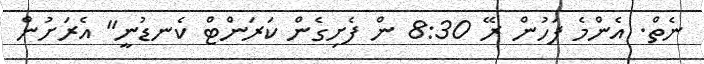
ނެތް. އެންމެ ފަހުން ރޭ 8:30 ން ފެށިގެން ކަރަންޓް ކެނޑުނީ" އެރަށުން